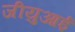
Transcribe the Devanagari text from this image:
जीयुआई